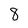
Character: 8